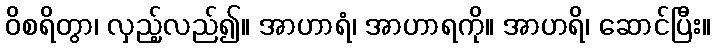
ဝိစရိတွာ၊ လှည့်လည်၍။ အာဟာရံ၊ အာဟာရကို။ အာဟရိ၊ ဆောင်ပြီး။